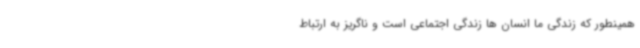
همینطور که زندگی ما انسان ها زندگی اجتماعی است و ناگریز به ارتباط